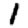
Digit: 1